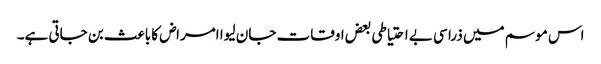
اس موسم میں ذرا سی بے احتیاطی بعض اوقات جان لیوا امراض کا باعث بن جاتی ہے۔